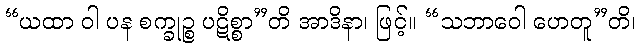
“ယထာ ဝါ ပန စက္ခုဉ္စ ပဋိစ္စာ”တိ အာဒိနာ၊ ဖြင့်။ “သဘာဝေါ ဟေတူ”တိ၊